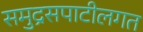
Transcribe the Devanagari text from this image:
समुद्रसपाटीलगत